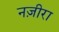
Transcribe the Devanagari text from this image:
नज़ीरा